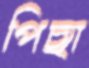
পিছা